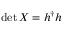
\operatorname* { d e t } X = h ^ { \dagger } h